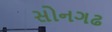
સોનગઢ